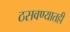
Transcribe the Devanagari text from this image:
ठसवण्यातही